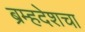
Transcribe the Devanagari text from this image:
ब्रम्हदेशचा